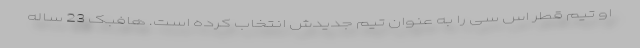
او تیم قطر اس سی را به عنوان تیم جدیدش انتخاب کرده است. هافبک 23 ساله